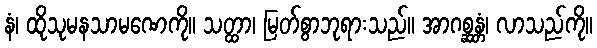
နံ၊ ထိုသုမနသာမဏေကို။ သတ္ထာ၊ မြတ်စွာဘုရားသည်။ အာဂစ္ဆန္တံ၊ လာသည်ကို။